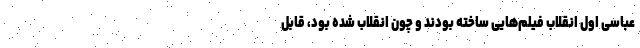
عباسی اول انقلاب فیلم‌هایی ساخته بودند و چون انقلاب شده بود، قابل